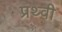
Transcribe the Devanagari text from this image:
प्रथ्‍वी